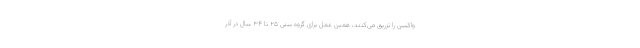
واکسن را تزریق می‌کنند، همین عمل برای گروه سنی ۲۵ تا ۳۴ سال در آذر